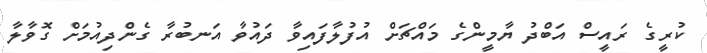
ކުރީގެ ރައީސް އަބްދު ޔާމީންގެ މައްޗަށް އުފުލާފައިވާ ދައުވާ އަނބުރާ ގެންދިއުމަށް ގޮވާލާ